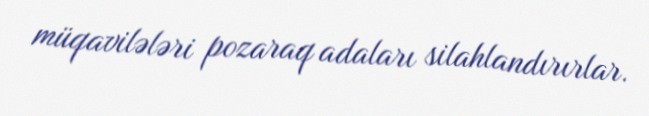
müqavilələri pozaraq adaları silahlandırırlar.